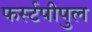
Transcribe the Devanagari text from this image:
फर्स्टपीपुल